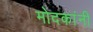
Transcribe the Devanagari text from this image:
मोदकांनी